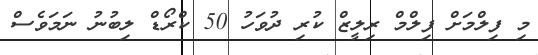
މި ފިލްމަށް ފިލްމް ރިލީޒް ކުރި ދުވަހު 50 ކްރޯޑް ލިބުނު ނަމަވެސް